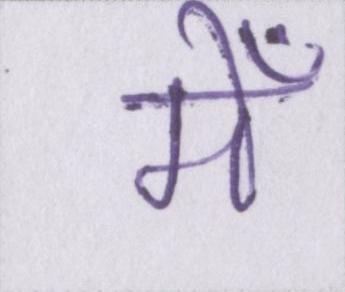
मेँ